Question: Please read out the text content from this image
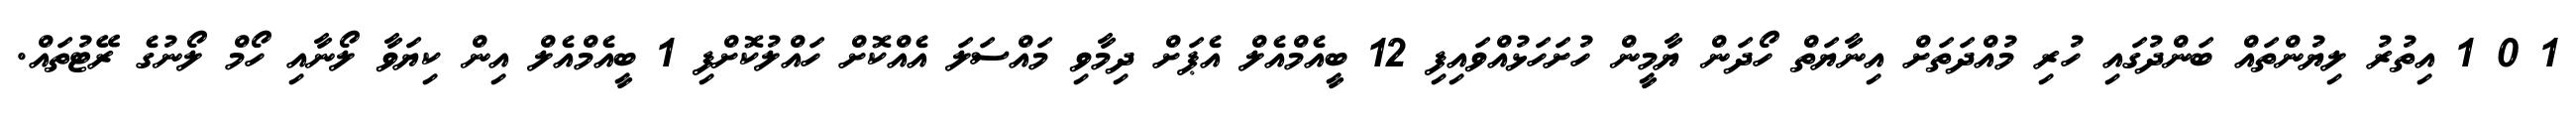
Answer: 1 0 1 އިތުރު ލިޔުންތައް ބަންދުގައި ހުރި މުއްދަތަށް އިނާޔަތް ހޯދަން ޔާމީން ހުށަހަޅުއްވައިފި 12 ބީއެމްއެލް އެޕަށް ދިމާވި މައްސަލަ އެއްކޮށް ހައްލުކޮށްފި 1 ބީއެމްއެލް އިން ކިޔަވާ ލޯނާއި ހޯމް ލޯނުގެ ރޭޓުތައް.